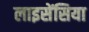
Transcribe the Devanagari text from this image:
लाइसेंसिया